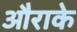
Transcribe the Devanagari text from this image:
औराके